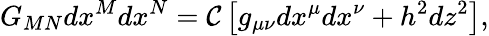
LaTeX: G_{MN}dx^{M}dx^{N}={\cal C}\left[g_{\mu\nu}dx^{\mu}dx^{\nu}+h^{2}dz^{2}\right],